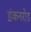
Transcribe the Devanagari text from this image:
डंकनरोड